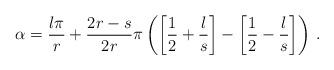
LaTeX: \begin{align*}\alpha =\frac{l\pi }{r}+\frac{2r-s}{2r}\pi \left( \left[ \frac{1}{2}+\frac{l}{s}\right] -\left[ \frac{1}{2}-\frac{l}{s}\right] \right) \, .\end{align*}